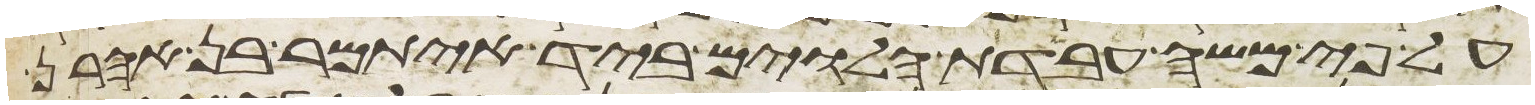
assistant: על פי משה עבדת הלוים ביד איתמר בן אהרן